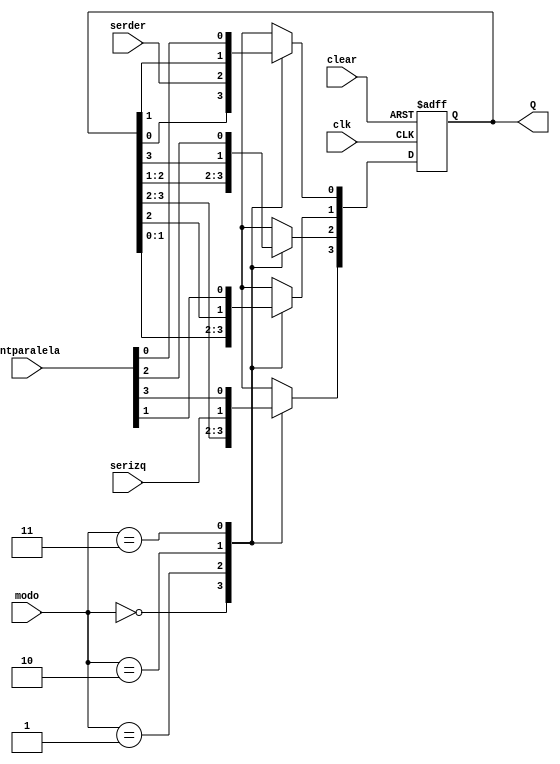
module Uni_Register (clk,clear,modo,serder,serizq,entparalela,Q);
	input clk,clear,serder,serizq;
	input [1:0] modo;
	input [3:0] entparalela;
	output reg [3:0] Q;

always@(negedge clk or negedge clear)
begin 
	if(~clear)
		Q<=0;
	else
		case(modo)
			0: begin
				Q<=Q;
			end
			1: begin
				Q[0]<=serder;
				Q[1]<=Q[0];
				Q[2]<=Q[1];
				Q[3]<=Q[2];
			end
			2: begin
				Q[3]<=serizq;
				Q[2]<=Q[3];
				Q[1]<=Q[2];
				Q[0]<=Q[1];
			end
			3: begin
				Q<=entparalela;
			end
		endcase
			
end	
endmodule